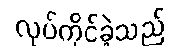
လုပ်ကိုင်ခဲ့သည်